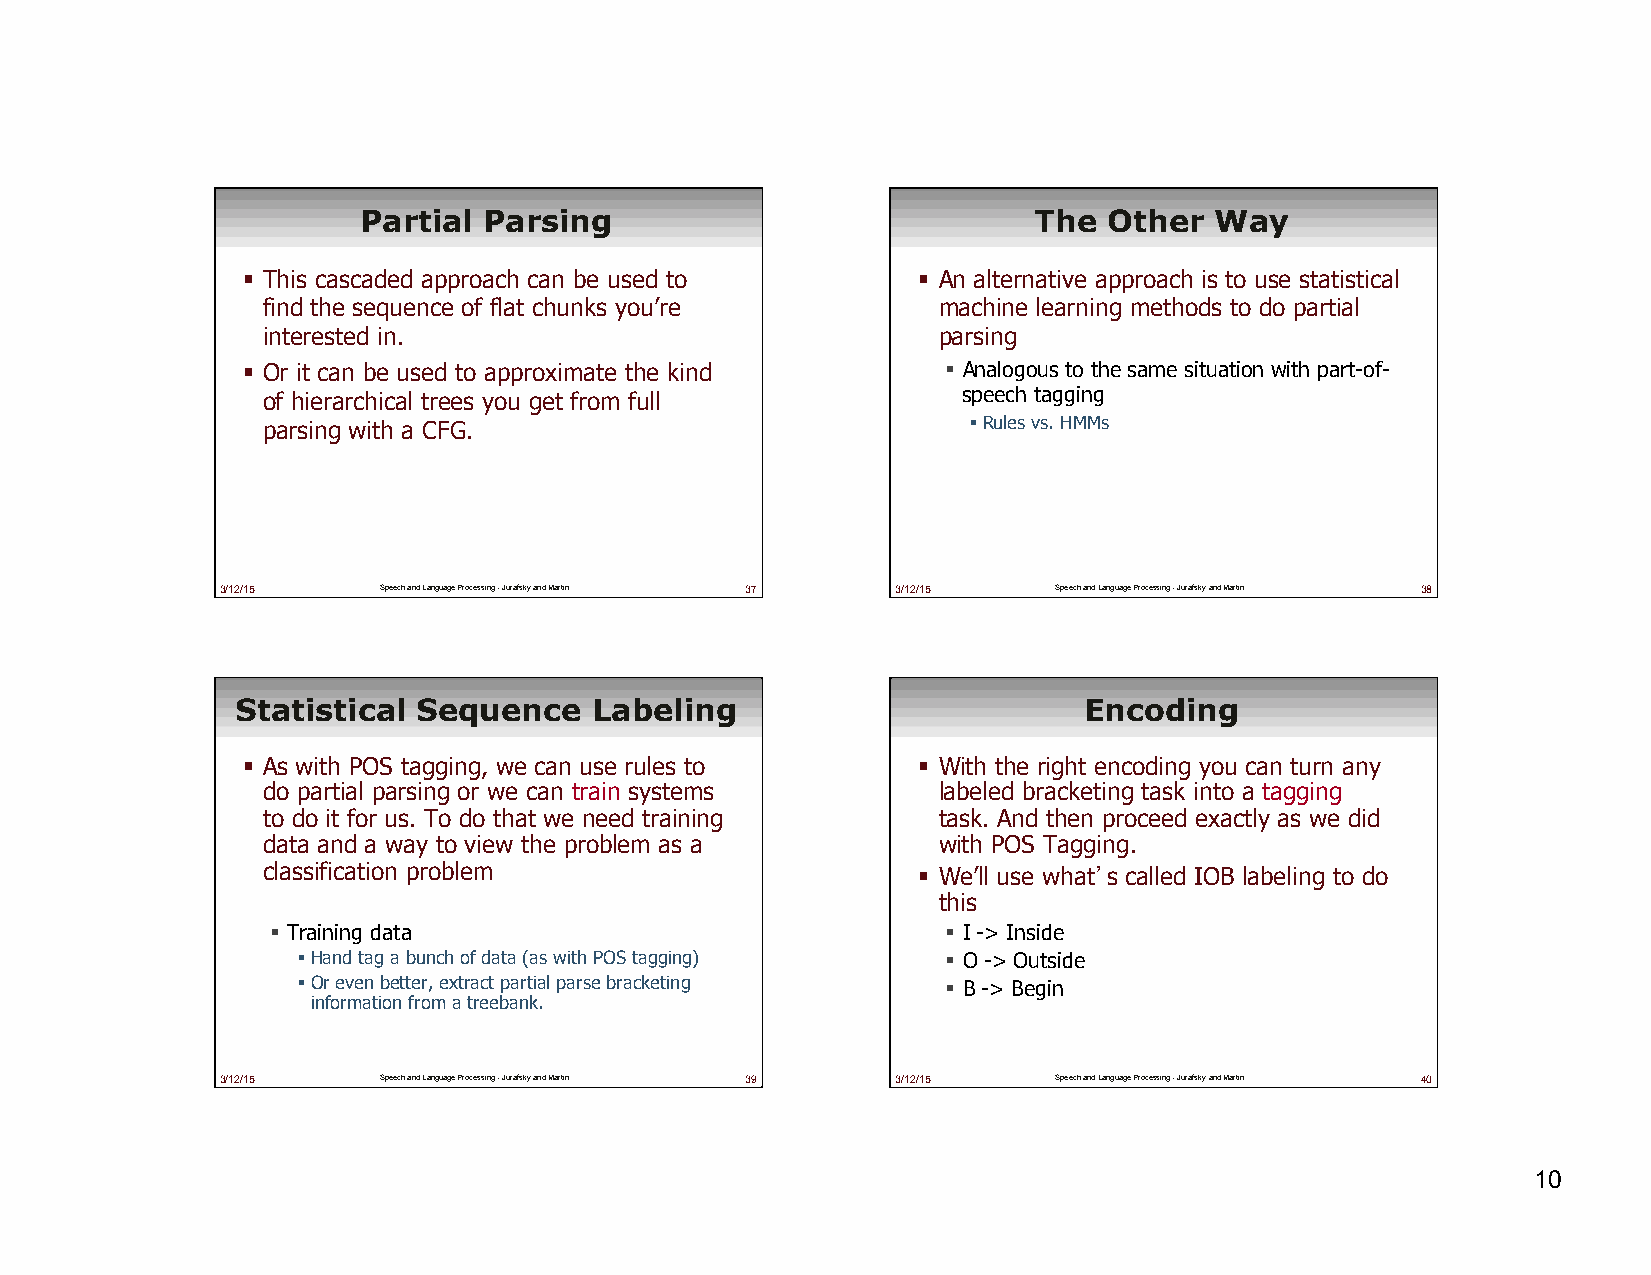
Partial Parsing                             The  Other  Way
 ! This cascaded approach can be used to      ! An alternative approach is to use statistica l
 find the sequence of flat chunks you’re      machine learning methods to do partial
 interested in.                               parsing
 ! Or it can be used to approximate the kind    ! Analogous to the same situation with part-of-
 of hierarchical trees you get from full        speech tagging
 parsing with a CFG.                            ! Rules vs. HMMs
 3/12/15   Speech and Language Processing - Jurafsky and Martin 37 3/12/15 Speech and Language Processing - Jurafsky and Martin 38
 Statistical Sequence   Labeling                         Encoding
 ! As with POS tagging, we can use rules to   ! With the right encoding you can turn any
 do partial parsing or we can train systems   labeled bracketing task into a tagging
 to do it for us. To do that we need training task. And then proceed exactly as we did
 data and a way to view the problem as a      with POS Tagging.
 classification problem                      ! We’ll use what’s called IOB labeling to do
 this
 ! Training data                              ! I -> Inside
 ! Hand tag a bunch of data (as with POS tagging) ! O -> Outside
 ! Or even better, extract partial parse bracketing ! B -> Begin
 information from a treebank.
 3/12/15   Speech and Language Processing - Jurafsky and Martin 39 3/12/15 Speech and Language Processing - Jurafsky and Martin 40
 10